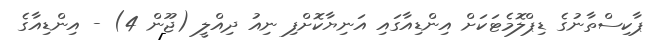
ޕާކިސްތާނުގެ ޑިޕްލޮމެޓަކަށް އިންޑިއާގައި އަނިޔާކޮށްފި ނިއު ދިއްލީ (ޖޫން 4) - އިންޑިއާގެ